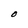
Character: O